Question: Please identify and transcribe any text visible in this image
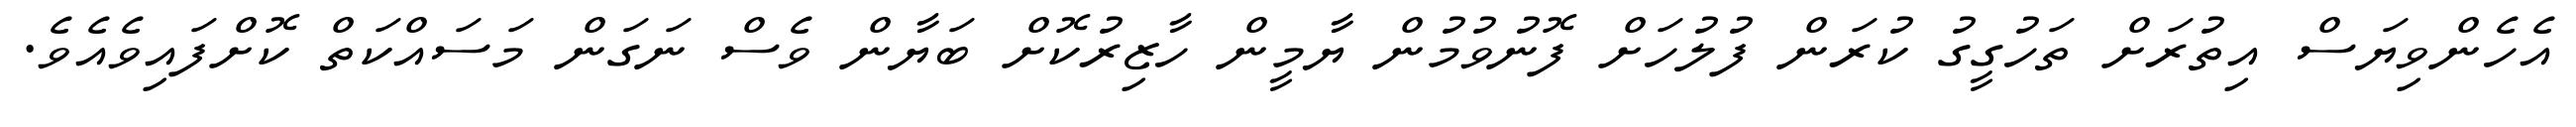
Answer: އެހެންވިޔަސް އިތުރަށް ތަހުގީގު ކުރަން ފުލުހަށް ފޮނުވުމުން ޔާމީން ހާޒިރުކޮށް ބަޔާން ވެސް ނަގަން މަސައްކަތް ކޮށްފައިވެއެވެ.